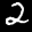
Label: 2